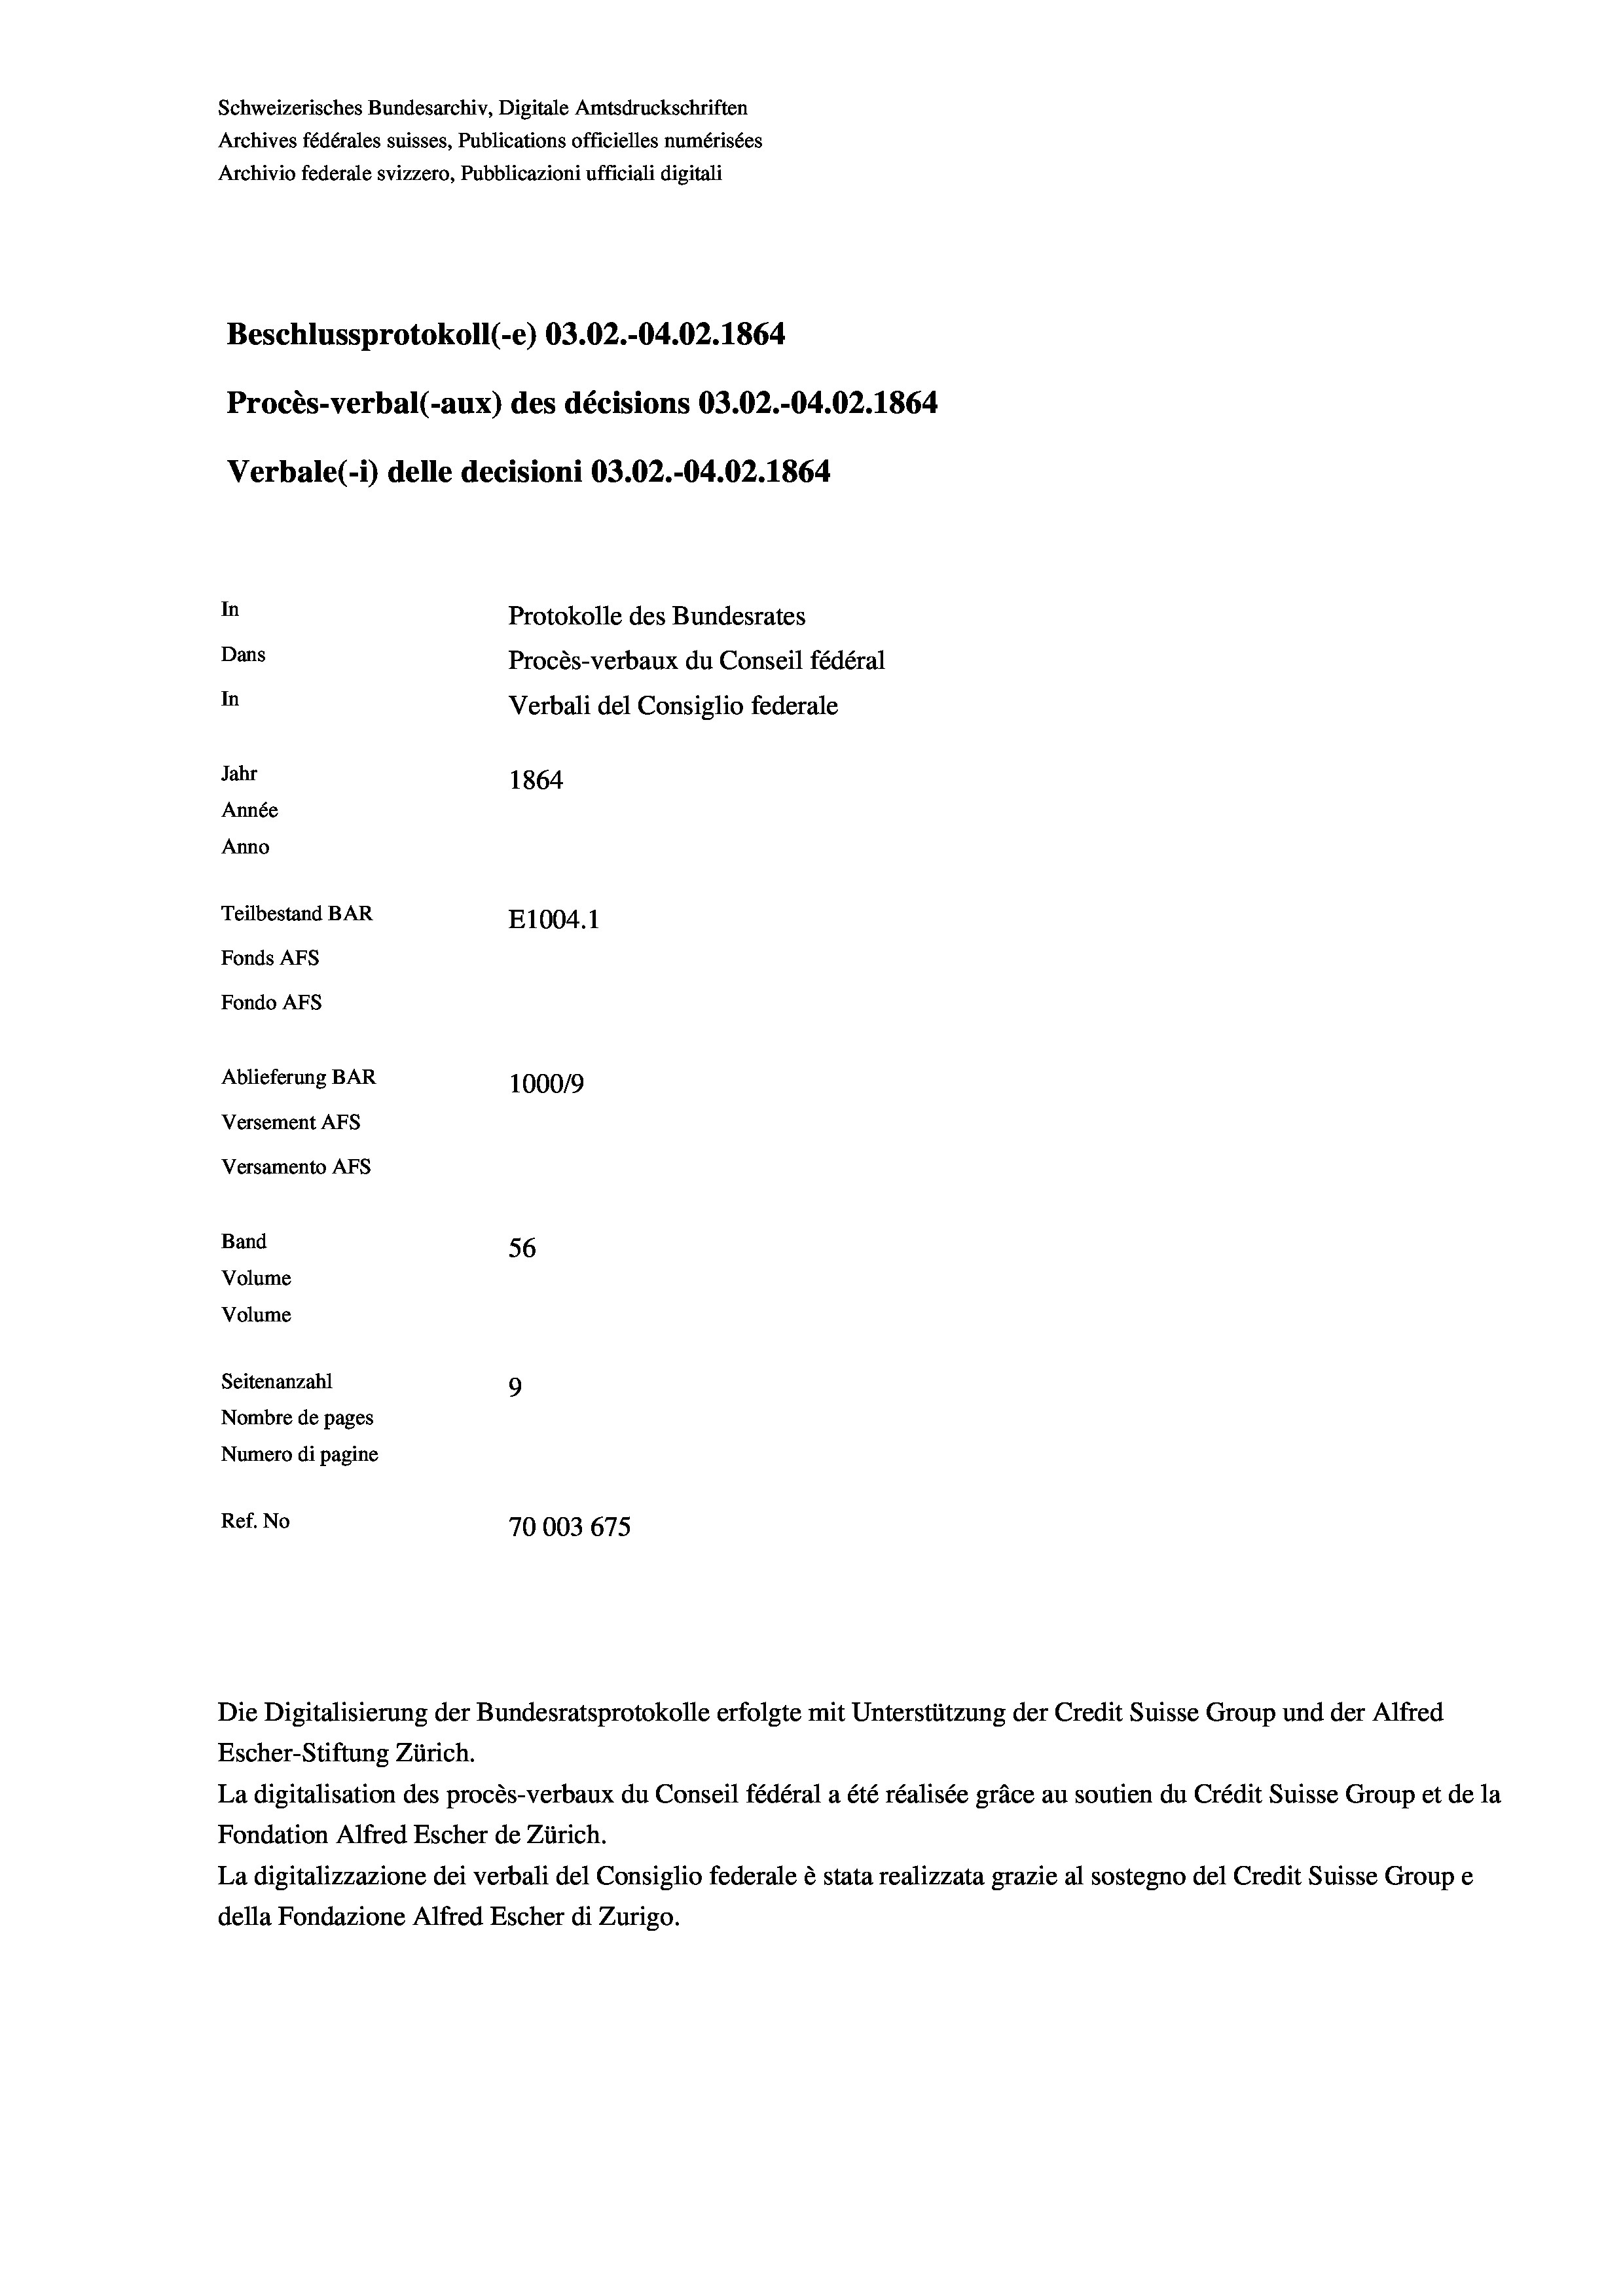
Schweizerisches Bundesarchiv, Digitale Amtsdruckschriften
Archives fédérales suisses, Publications officielles numérisées
Archivio federale svizzero, Pubblicazioni ufficiali digitali
Beschlussprotokoll (-e) 03.02.-04.02. 1864
Procès-verbal (-aux) des décisions 03.02.-04.02. 1864
Verbale (i) delle decisioni 03.02.-04.02. 1864
In
Protokolle des Bundesrates
Dans
Procès-verbaux du Conseil fédéral
In
Verbali del Consiglio federale
Jahr
1864
Année
Anno
Teilbestand BAR
E1004. 1
Fonds AFs
Fondo AFs
Ablieferung BAR
100019
Versement AFs
Versamento Afs

56
Seitenanzahl
9
Nombre de pages
Numero di pagine
Ref. No
70003675

Band
Volume
Volume

Die Digitalisierung der Bundesratsprotokolle erfolgte mit Unterstützung der Credit Suisse Group und der Alfred
Escher-Stiftung Zürich.

La digitalisation des procès-verbaux du Conseil fédéral a été réalisée gräce au soutien du Crédit Suisse Group et de la
Fondation Alfred Escher de Zürich.
La digitalizzazione dei verbali del Consiglio federale è stata realizzata grazie al sostegno del Credit Suisse Groupe
della Fondazione Alfred Escher di Zurigo.